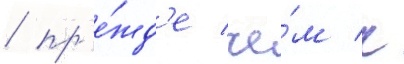
/ пр'е́жд'е че́м к